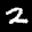
Label: 2